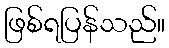
ဖြစ်ရပြန်သည်။